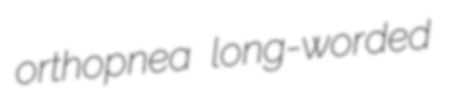
orthopnea long-worded